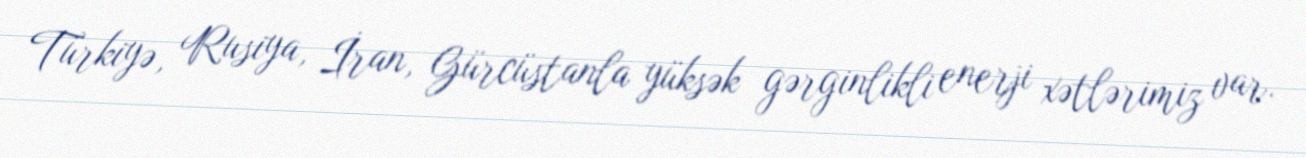
Türkiyə, Rusiya, İran, Gürcüstanla yüksək gərginlikli enerji xətlərimiz var.